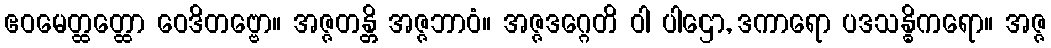
ဧဝမေတ္ထတ္ထော ဝေဒိတဗ္ဗော။ အဇ္ဇတန္တိ အဇ္ဇဘာဝံ။ အဇ္ဇဒဂ္ဂေတိ ဝါ ပါဌော, ဒကာရော ပဒသန္ဓိကရော။ အဇ္ဇ